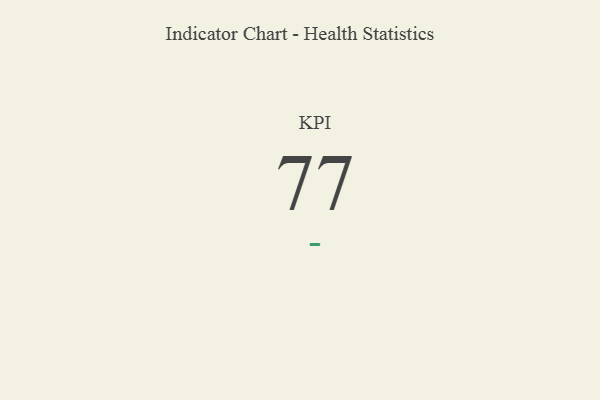
{"axis": {"x": "KPI", "y": "Value"}, "legend": [""], "data": [{"x": "KPI", "y": 77, "type": ""}]}